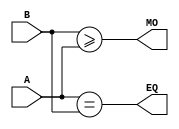
module COMP_16bit(input [15:0] A, output wire EQ,
                  input [15:0] B, output wire MO);

  assign EQ = (A == B);
  assign MO = (B >= A);

endmodule